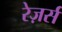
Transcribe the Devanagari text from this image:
रेज़र्स